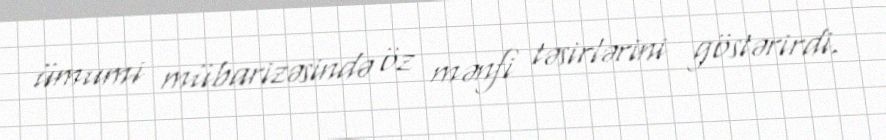
ümumi mübarizəsində öz mənfi təsirlərini göstərirdi.